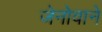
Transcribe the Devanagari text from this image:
जेनोवाने